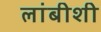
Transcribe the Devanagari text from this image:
लांबीशी